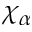
\chi _ { \alpha }